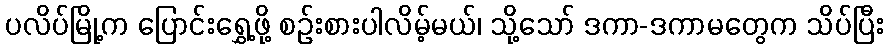
ပလိပ်မြို့က ပြောင်းရွှေ့ဖို့ စဉ်းစားပါလိမ့်မယ်၊ သို့သော် ဒကာ-ဒကာမတွေက သိပ်ပြီး